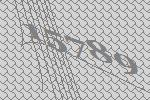
15789